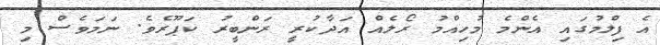
އެ ފިލްމުގައި އެންމެ މުހިއްމު ރޯލެއް އަދާކުރީ ރަންބީރު ކަޕޫރެވެ. ނަމަވެސް މި